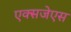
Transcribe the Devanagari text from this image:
एक्सजेएस